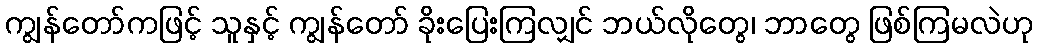
ကျွန်တော်ကဖြင့် သူနှင့် ကျွန်တော် ခိုးပြေးကြလျှင် ဘယ်လိုတွေ၊ ဘာတွေ ဖြစ်ကြမလဲဟု